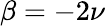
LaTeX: \beta=-2\nu